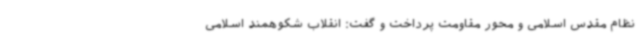
نظام مقدس اسلامی و محور مقاومت پرداخت و گفت: انقلاب شکوهمند اسلامی